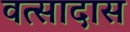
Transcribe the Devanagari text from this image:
वत्सादास